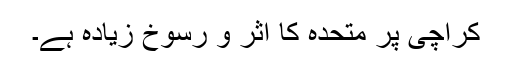
کراچی پر متحدہ کا اثر و رسوخ زیادہ ہے۔